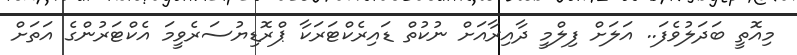
މިއޮތީ ބަދަލުވެފަ.. އަލަށް ފިލްމީ ދާއިރާއަށް ނުކުތް ޑައިރެކްޓަރަކާ ޕްރޮޑިޔުސަރެވީމަ އެކްޓަރުންގެ އަތަށް